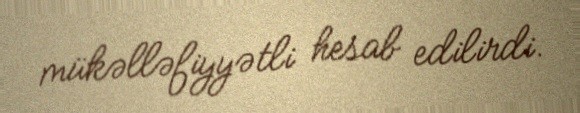
mükəlləfiyyətli hesab edilirdi.